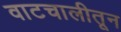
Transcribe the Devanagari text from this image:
वाटचालीतून